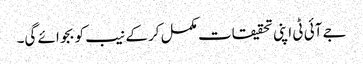
جے آئی ٹی اپنی تحقیقات مکمل کر کے نیب کو بجوائے گی۔